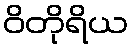
ဝိတိုရိယ